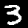
Digit: 3